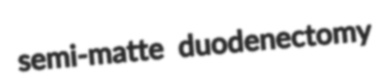
semi-matte duodenectomy